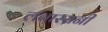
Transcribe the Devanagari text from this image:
लवास्सनी